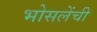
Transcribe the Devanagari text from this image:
भोसलेंची